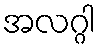
အလဂ္ဂါ